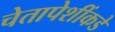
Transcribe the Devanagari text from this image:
चेतापेशींकडे